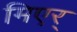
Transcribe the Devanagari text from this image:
मिएर्